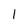
Character: 1